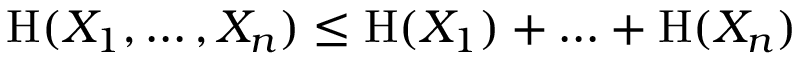
\mathrm { H } ( X _ { 1 } , \ldots , X _ { n } ) \leq \mathrm { H } ( X _ { 1 } ) + \ldots + \mathrm { H } ( X _ { n } )